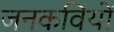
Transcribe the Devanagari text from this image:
जनकवियों